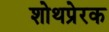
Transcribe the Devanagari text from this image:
शोथप्रेरक